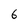
Character: G